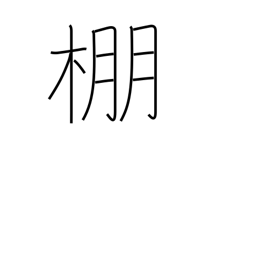
Meaning: trellis